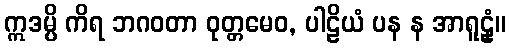
ဣဒမ္ပိ ကိရ ဘဂဝတာ ဝုတ္တမေဝ, ပါဠိယံ ပန န အာရူဠှံ။